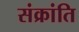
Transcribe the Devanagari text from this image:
संक्रांति